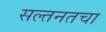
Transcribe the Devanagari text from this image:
सल्तनतचा